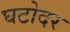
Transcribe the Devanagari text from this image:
घटोदर